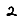
Digit: 2